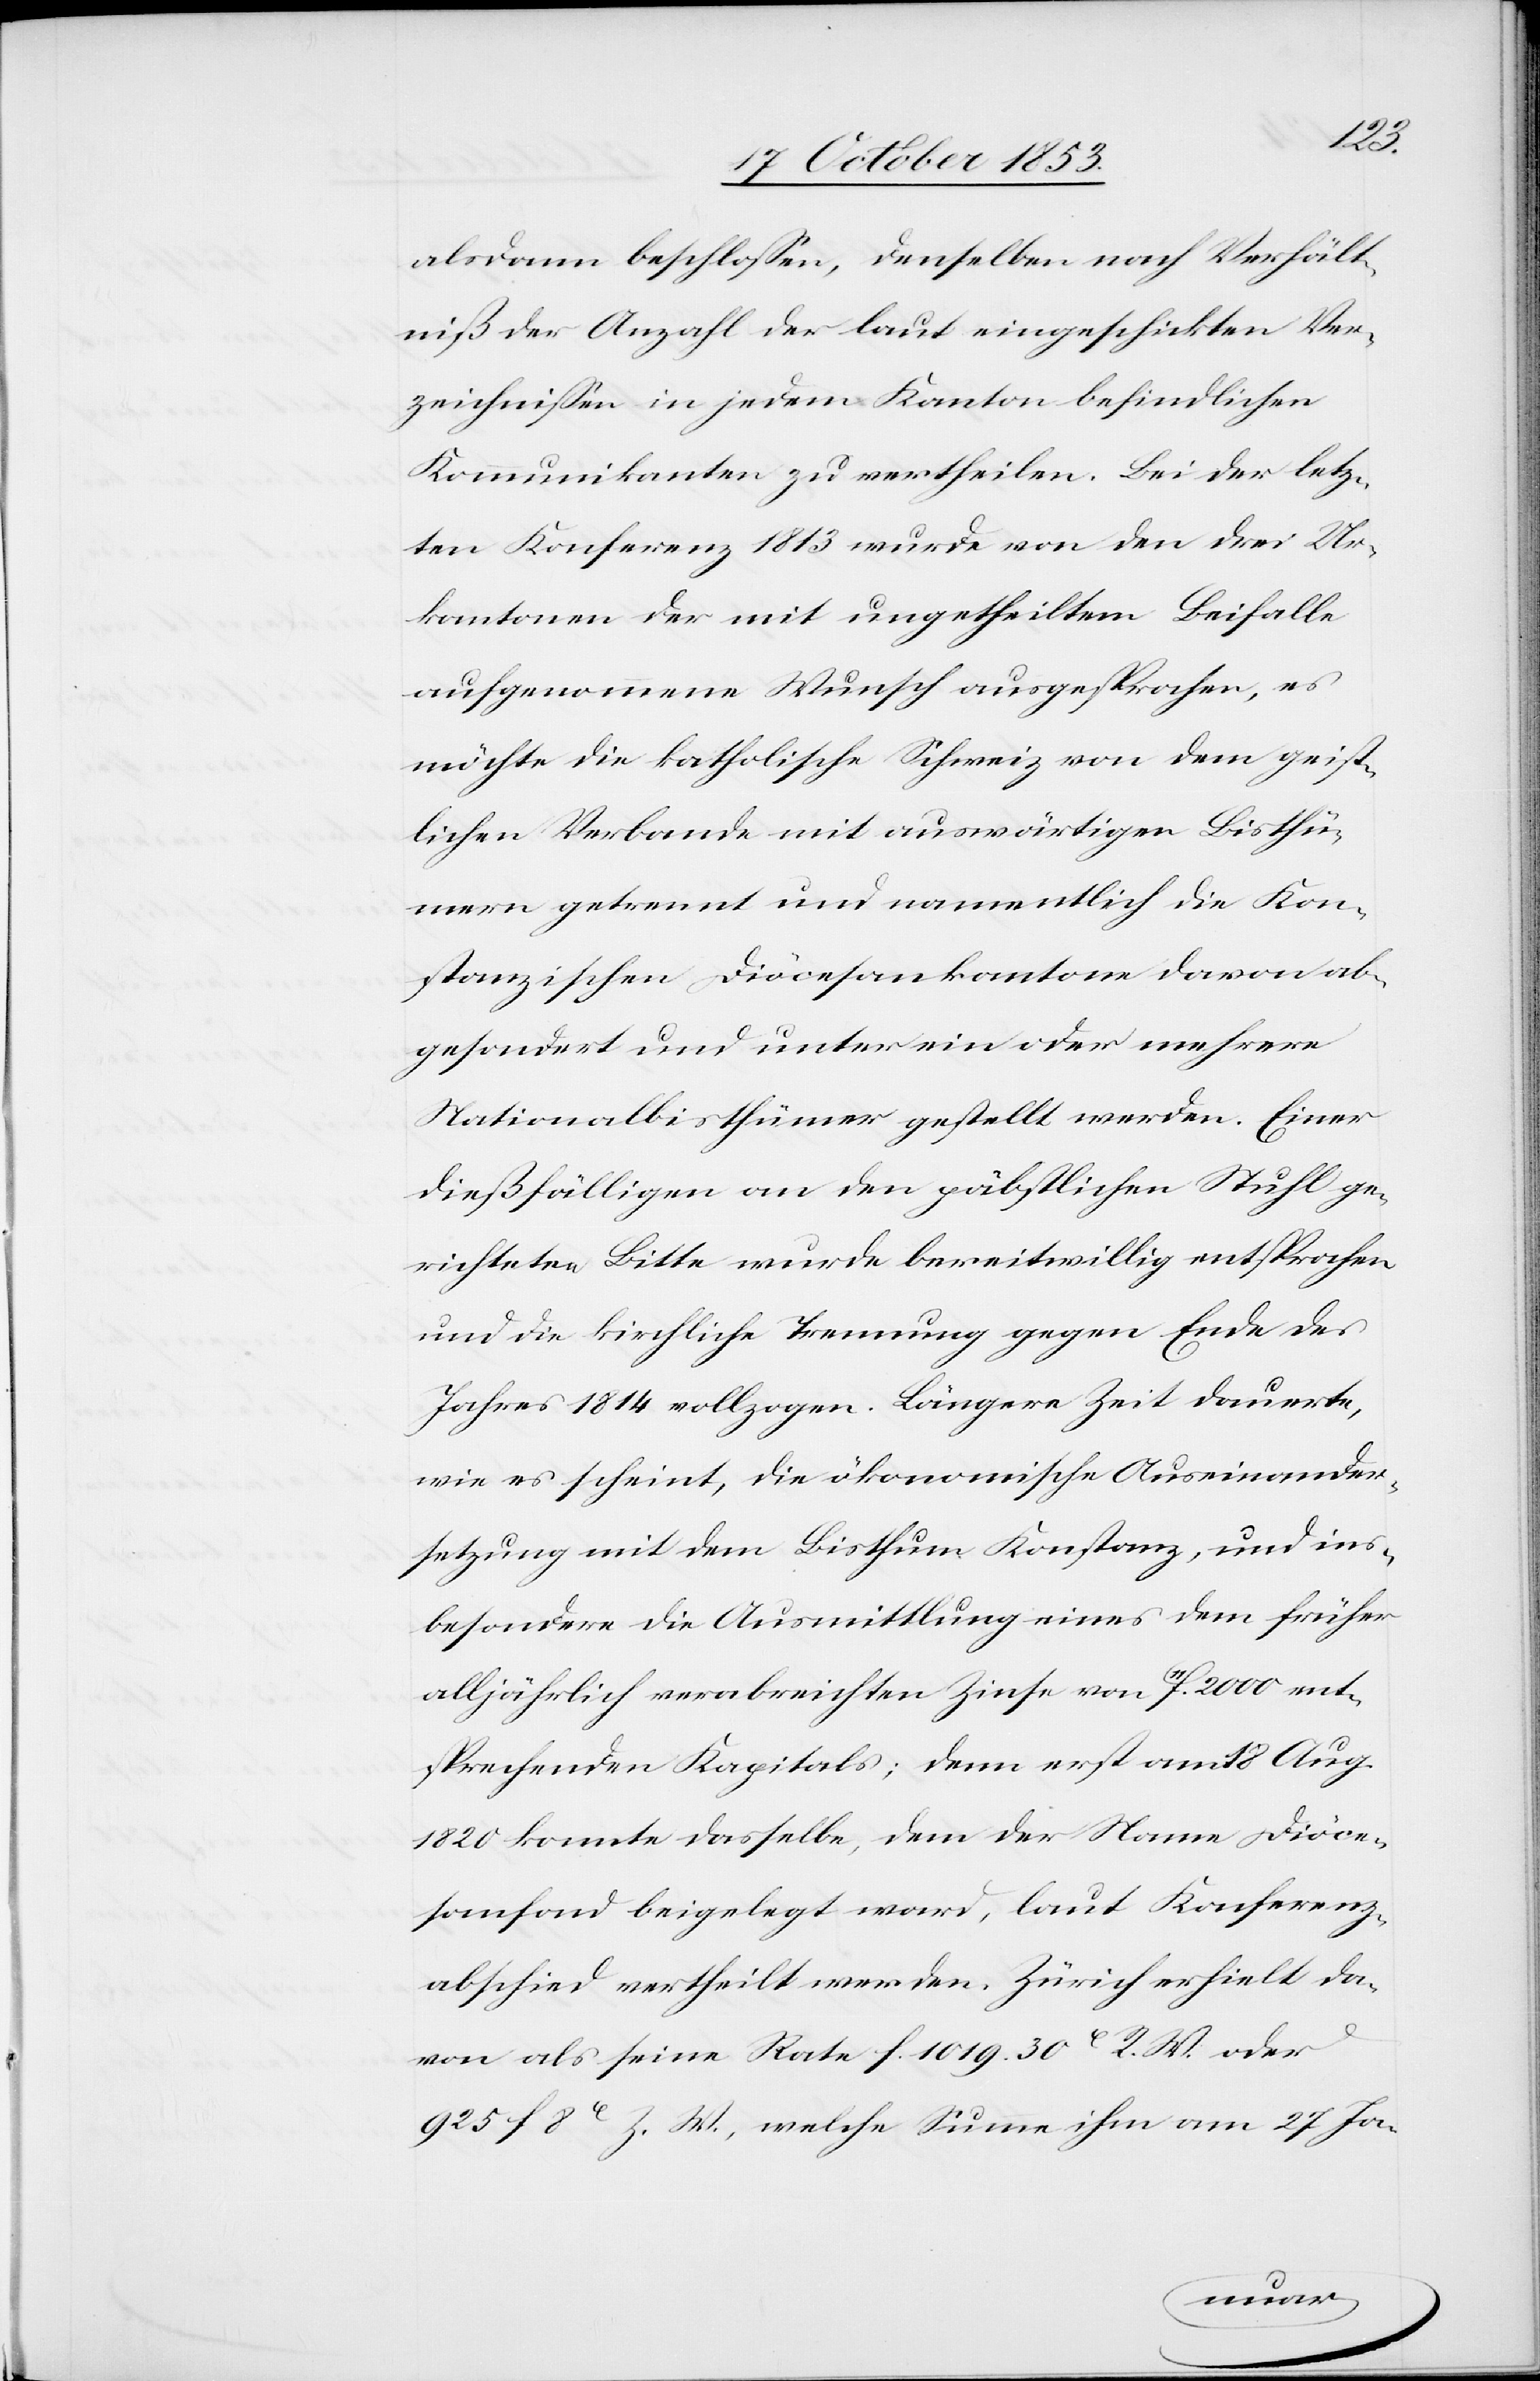
alsdann beschloßen, denselben nach Verhält¬
niß der Anzahl der laut eingeschickten Ver¬
zeichnißen in jedem Kanton befindlichen
Kommunikanten zu ertheilen. Bei der letz¬
ten Konferenz 1813 wurde von den drei Ur¬
kantonen der mit ungetheiltem Beifalle
aufgenommene Wunsch ausgesprochen, es
möchte die katholische Schweiz von dem geist¬
lichen Verbande mit auswärtigen Bisthü¬
mern getrennt und namentlich die Kon¬
stanzischen Diöcesankantone davon ab¬
gesondert und unter ein oder mehrere
Nationalbisthümer gestellt werden. Einer
dießfälligen an den päbstlichen Stuhl ge¬
richteten Bitte wurde bereitwillig entsprochen
und die kirchliche Trennung gegen Ende des
Jahres 1814 vollzogen. Längere Zeit dauerte,
wie es scheint, die ökonomische Auseinander¬
setzung mit dem Bisthum Konstanz, und ins¬
besondere die Ausmittlung eines dem früher
alljährlich verabreichten Zinse von f. 2000 ent¬
sprechenden Kapitals; denn erst am 18 Aug.
1820 konnte dasselbe, dem der Name Diöce¬
sanfond beigelegt ward, laut Konferenz¬
abschied vertheilt werden. Zürich erhielt da¬
von als seine Rate f. 1019.30c R. W. oder
925 f. 8c Z. W., welche Summe ihm am 27 Ja-